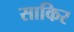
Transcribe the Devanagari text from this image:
साकिर